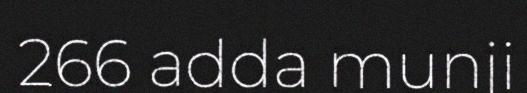
266 adda munji